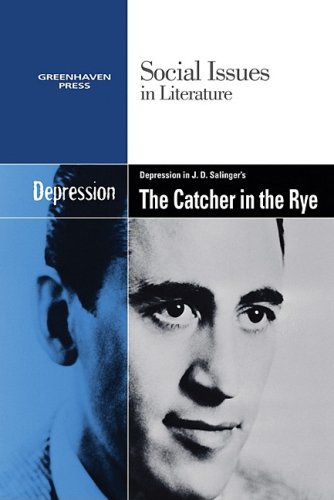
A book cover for Depression in J.d. Salinger's the Catcher in the Rye (Social Issues in Literature); Dedria Bryfonski; Teen & Young Adult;